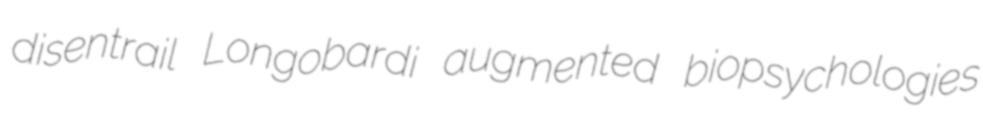
disentrail Longobardi augmented biopsychologies